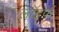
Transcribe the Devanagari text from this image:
लॉइफ